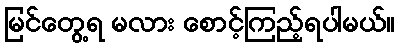
မြင်တွေ့ရ မလား စောင့်ကြည့်ရပါမယ်။